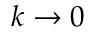
k \to 0